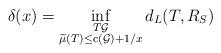
LaTeX: \begin{align*}\delta(x)=\inf_{\substack{T\mathcal{G}\\\widetilde{\mu}(T)\leq\mathrm{c}(\mathcal{G})+1/x}}d_{L}(T,R_{S})\end{align*}